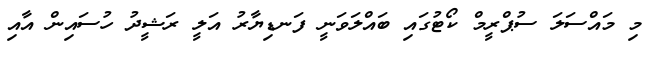
މި މައްސަލަ ސުޕްރީމް ކޯޓުގައި ބައްލަވަނީ ފަނޑިޔާރު އަލީ ރަޝީދު ހުސައިން އާއި